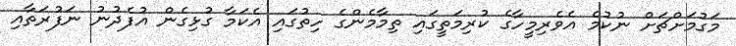
މަގުމަށްޗަށް ނުކުމެ އެވެރިމީހާގެ ކުރިމަތީގައި ތިމާމެންގެ ހިތުގައި އެކަމާ ގުޅިގެން އުފެދުނު ނަފުރަތާއި